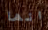
انها